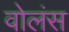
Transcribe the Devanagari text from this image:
वोलंस